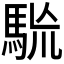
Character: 𩢯